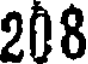
208